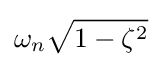
\omega _{n}{\sqrt {1-\zeta ^{2}}}